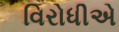
વિરોધીએ